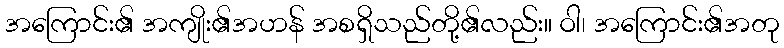
အကြောင်း၏ အကျိုး၏အဟန် အစရှိသည်တို့၏လည်း။ ဝါ၊ အကြောင်း၏အတု